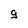
Character: g